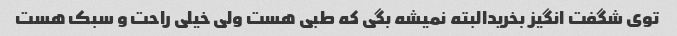
توی شگفت انگیز بخریدالبته نمیشه بگی که طبی هست ولی خیلی راحت و سبک هست